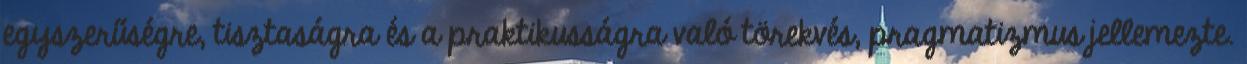
egyszerűségre, tisztaságra és a praktikusságra való törekvés, pragmatizmus jel­le­mez­te.